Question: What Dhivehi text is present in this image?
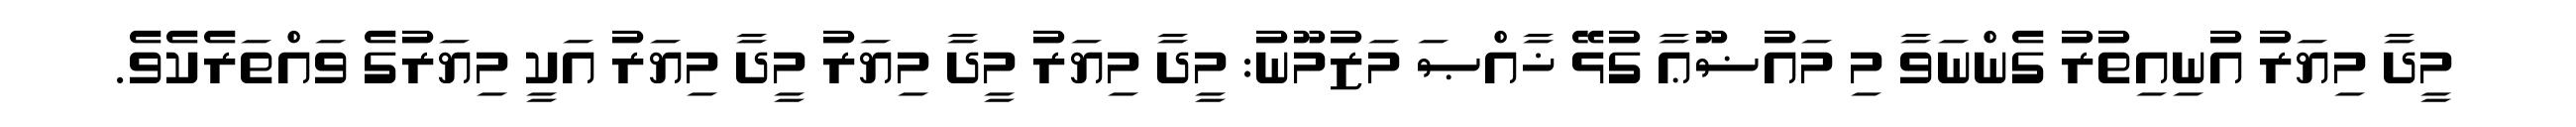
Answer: މީދާ މިޔަރު އުނިއިތުރު ގެންނަވާ މި މައުޟޫޢާ ގުޅޭ ޚާއްޞަ މަޒުމޫނު: މީދާ މިޔަރު މީދާ މިޔަރު މީދާ މިޔަރު އަކީ މިޔަރުގެ ވައްތަރެކެވެ.